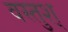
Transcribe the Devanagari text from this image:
वस्तुश्